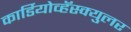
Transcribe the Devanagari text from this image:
कार्डियोव्हॅस्क्युलर